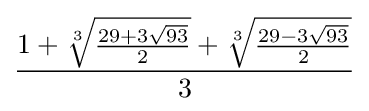
{\frac {1+{\sqrt[{3}]{\frac {29+3{\sqrt {93}}}{2}}}+{\sqrt[{3}]{\frac {29-3{\sqrt {93}}}{2}}}}{3}}